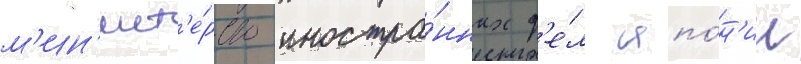
м'ин'ист'е́рство иностра́нных д'е́л япо́н'ии